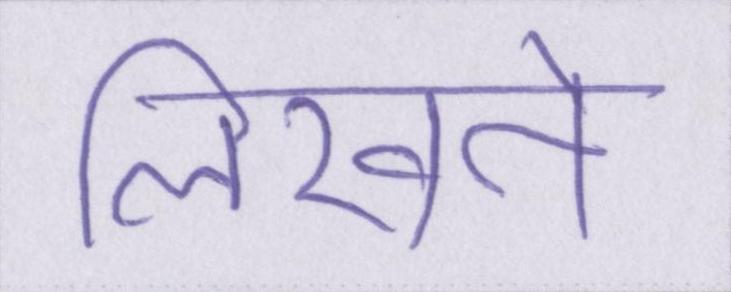
लिखने